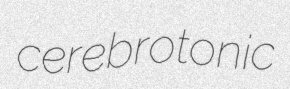
cerebrotonic